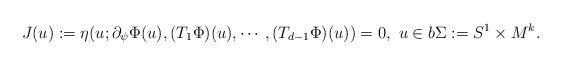
LaTeX: \begin{align*}J(u):=\eta(u; \partial_{\psi}\Phi(u), (T_1\Phi)(u),\cdots,(T_{d-1}\Phi)(u))=0, \ u \in b\Sigma:=S^1 \times M^k.\end{align*}